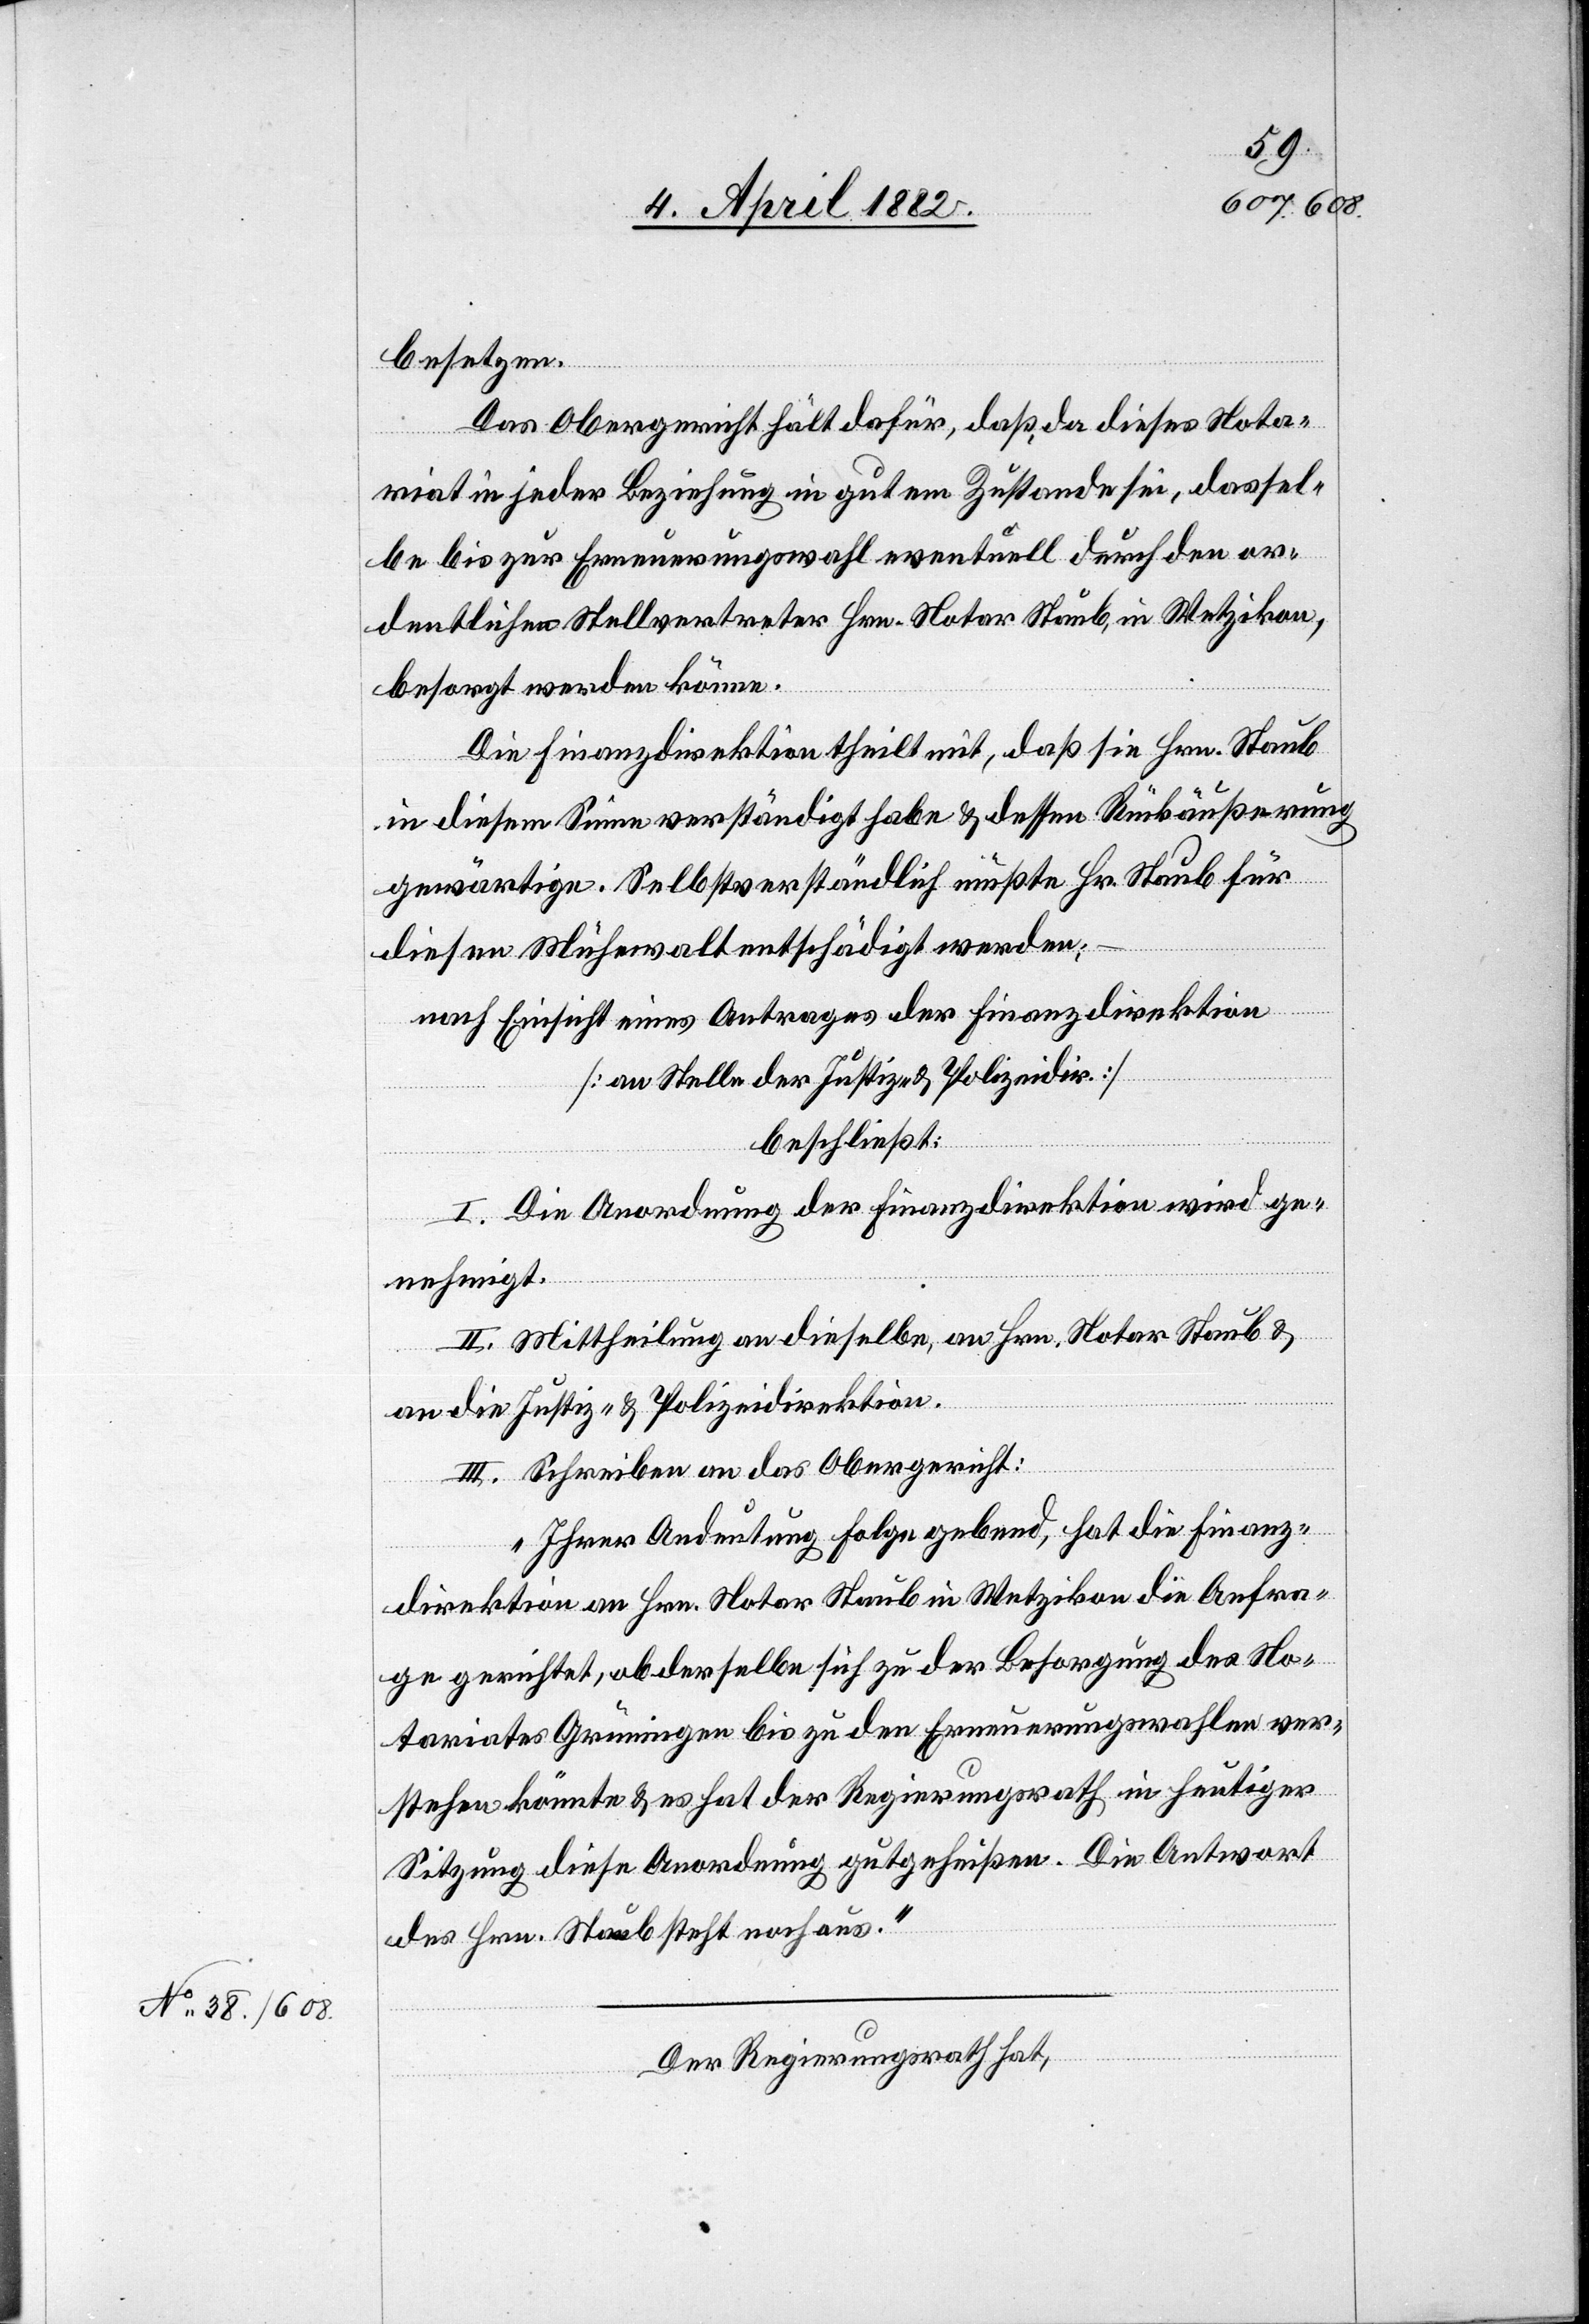
besetzen.
Das Obergericht hält dafür, daß, da dieses Nota¬
riat in jeder Beziehung in gutem Zustande sei, dassel¬
be bis zur Erneuerungswahl eventuell durch den or¬
dentlichen Stellvertreter Hrn. Notar Staub, in Wetzikon,
besorgt werden könne.
Die Finanzdirektion theilt mit, daß sie Hrn. Staub
in diesem Sinne verständigt habe & dessen Rückäußerung
gewärtige. Selbstverständlich müßte Hr. Staub für
diesen Mühewalt entschädigt werden;
nach Einsicht eines Antrages der Finanzdirektion
[an Stelle der Justiz- & Polizeidir.]
beschließt:
I. Die Anordnung der Finanzdirektion wird ge¬
nehmigt.
II. Mittheilung an dieselbe, an Hrn. Notar Staub &
an die Justiz- & Polizeidirektion.
III. Schreiben an das Obergericht:
„Ihrer Andeutung Folge gebend, hat die Finanz¬
direktion an Hrn. Notar Staub in Wetzikon die Anfra¬
ge gerichtet, ob derselbe sich zu der Besorgung des No¬
tariates Grüningen bis zu den Erneuerungswahlen ver¬
stehen könnte & es hat der Regierungsrath in heutiger
Sitzung diese Anordnung gutgeheißen. Die Antwort
des Hrn. Staub steht noch aus.“
Der Regierungsrath hat,